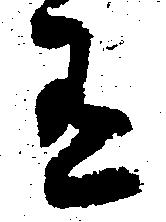
有